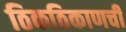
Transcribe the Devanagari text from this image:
ठिकठिकाणची